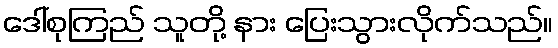
ဒေါ်စုကြည် သူတို့ နား ပြေးသွားလိုက်သည်။